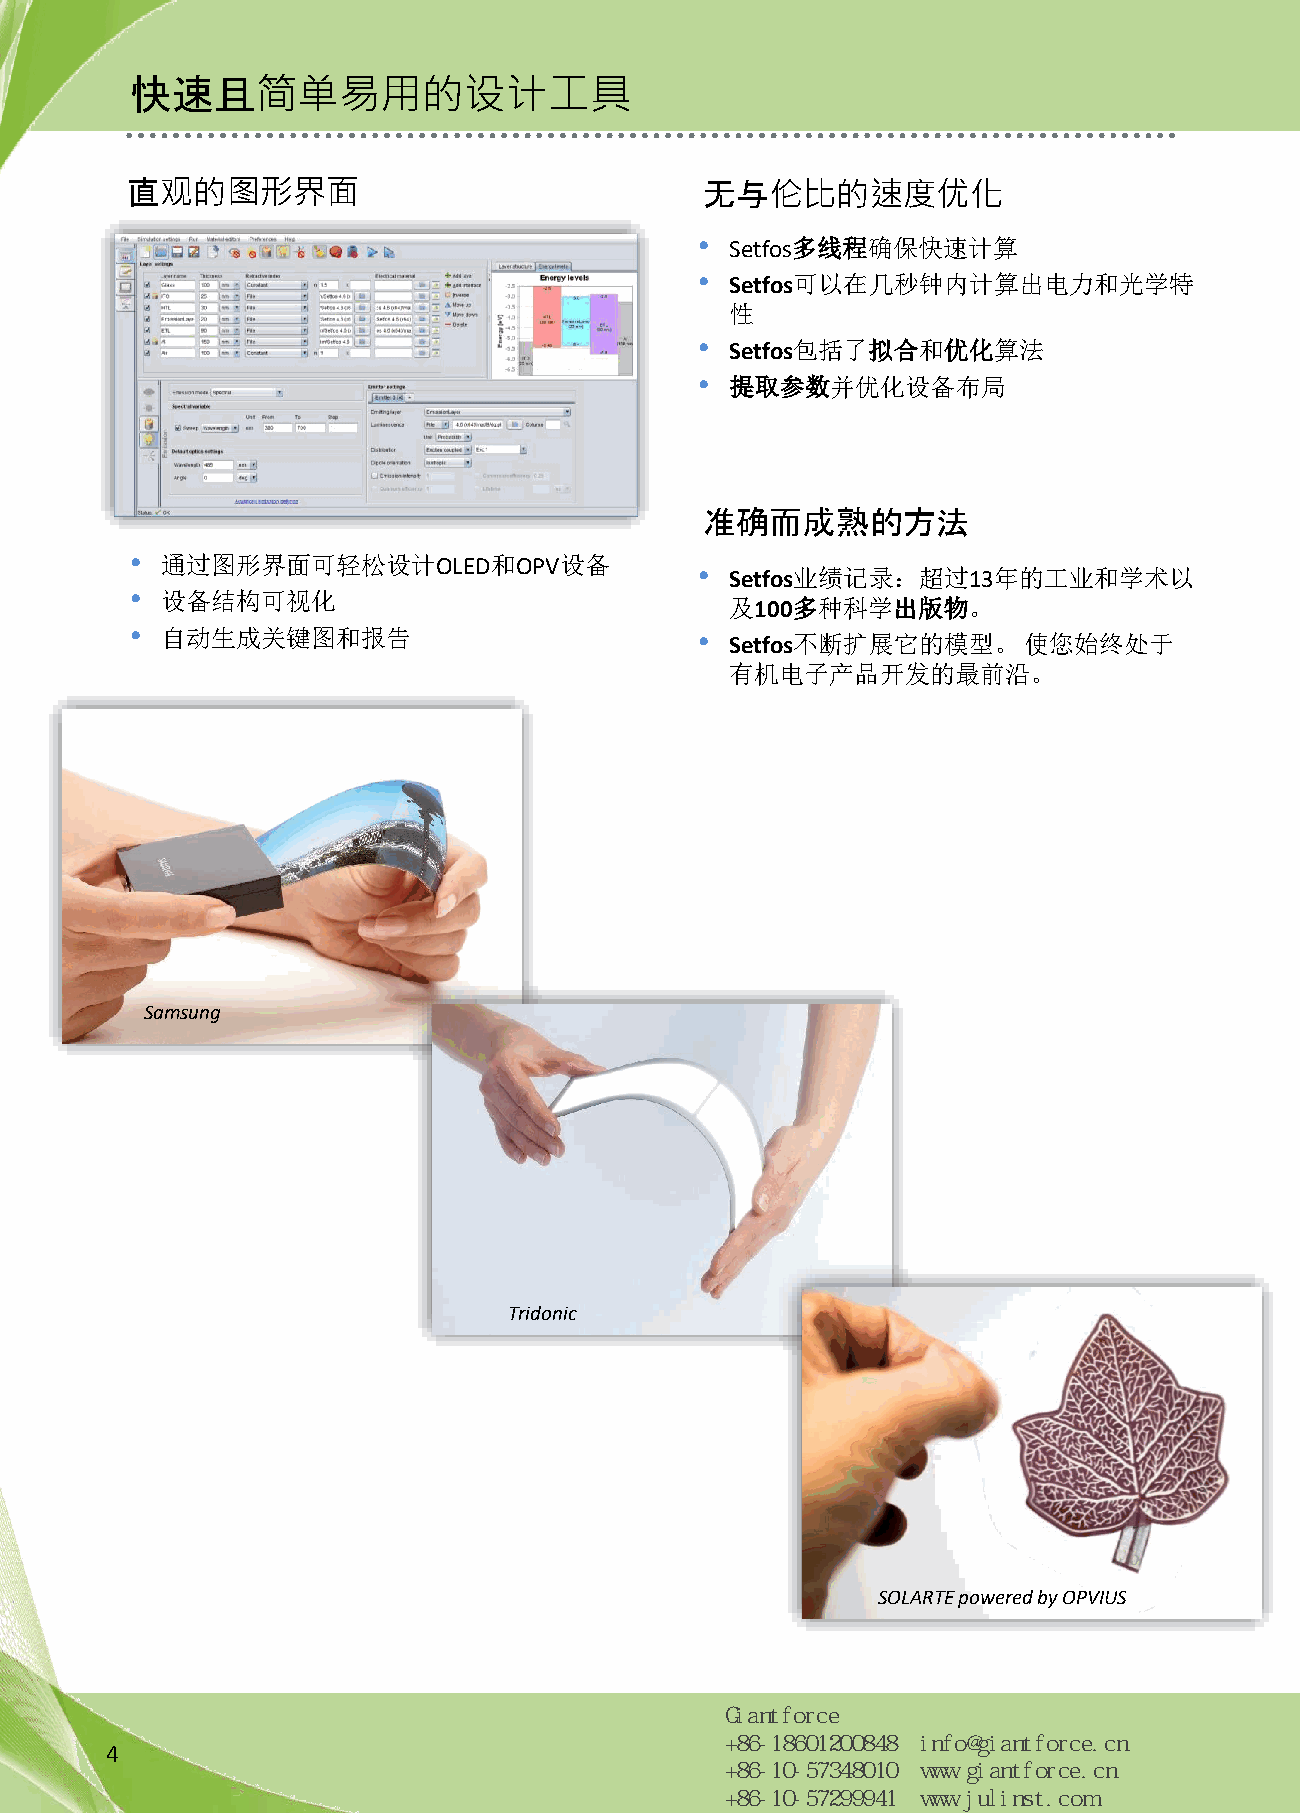
快速且简单易用的设计工具
 直观的图形界面                                无与伦比的速度优化
 • Setfos多线程确保快速计算
 • Setfos可以在几秒钟内计算出电力和光学特
 性
 • Setfos包括了拟合和优化算法
 • 提取参数并优化设备布局
 准确而成熟的方法
 • 通过图形界面可轻松设计OLED和OPV设备
 • Setfos业绩记录：超过13年的工业和学术以
 • 设备结构可视化
 及100多种科学出版物。
 • 自动生成关键图和报告                         • Setfos不断扩展它的模型。使您始终处于
 有机电子产品开发的最前沿。
 Samsung
 Tridonic
 SOLARTE powered by OPVIUS
 4